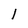
Character: l